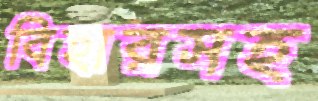
বিহারসহ